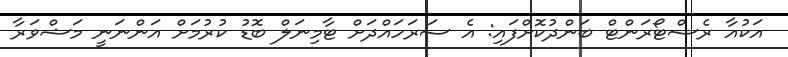
އަކުއާ ރެސްޓޯރަންޓް ބަންދުކޮށްފައި: އެ ސަރަހައްދަށް ޓާމިނަލް ބޮޑު ކުރުމަށް އަންނަނީ މަޝްވަރާ